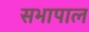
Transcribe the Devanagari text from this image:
सभापाल